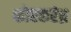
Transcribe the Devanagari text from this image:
कोरकरंध्र